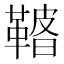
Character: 𩌀